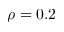
\rho = 0 . 2